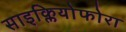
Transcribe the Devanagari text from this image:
साइक्लियोफोरा